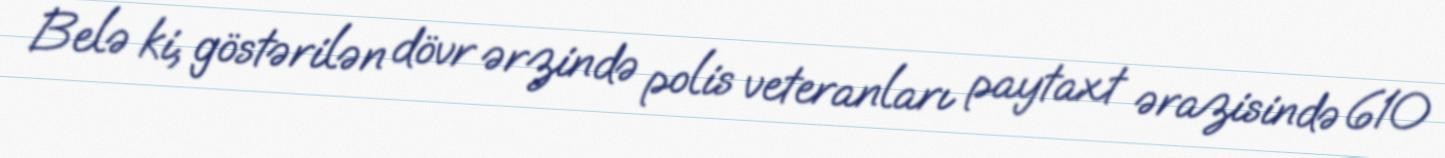
Belə ki, göstərilən dövr ərzində polis veteranları paytaxt ərazisində 610